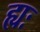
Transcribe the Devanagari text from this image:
ह्यः